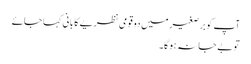
آپ کو برصغیر میں دو قومی نظریے کا بانی کہا جائے
تو بے جا نہ ہوگا۔